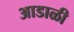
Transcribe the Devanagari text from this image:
आडाळी